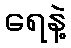
ရေနဲ့